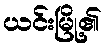
ယင်းမြို့၏